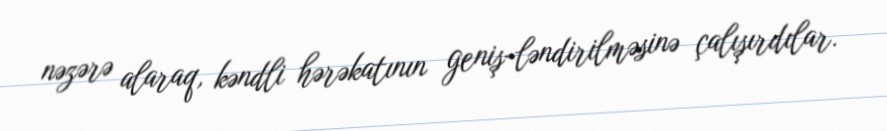
nəzərə alaraq, kəndli hərəkatının geniş-ləndirilməsinə çalışırdılar.